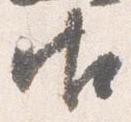
御